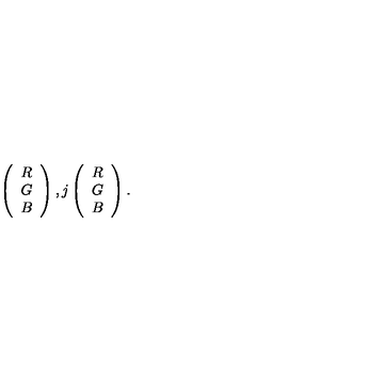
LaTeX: \left( \begin{array} { c } { R } \\ { G } \\ { B } \\ \end{array} \right) , j \left( \begin{array} { c } { R } \\ { G } \\ { B } \\ \end{array} \right) .